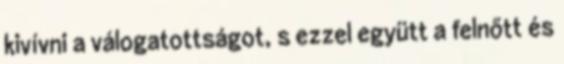
kivívni a válogatottságot, s ezzel együtt a felnőtt és